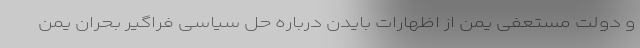
و دولت مستعفی یمن از اظهارات بایدن درباره حل سیاسی فراگیر بحران یمن